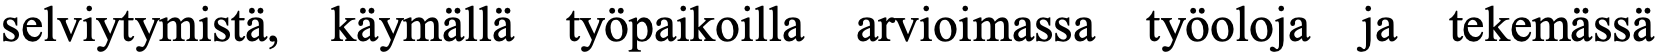
selviytymistä, käymällä työpaikoilla arvioimassa työoloja ja tekemässä